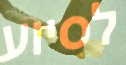
לסיוע